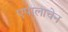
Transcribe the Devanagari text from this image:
एपालाचेन